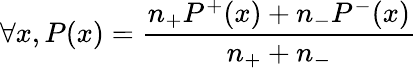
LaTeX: \forall x,P(x)=\frac{n_{+}P^{+}(x)+n_{-}P^{-}(x)}{n_{+}+n_{-}}